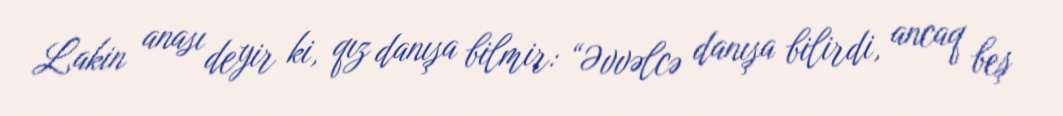
Lakin anası deyir ki, qız danışa bilmir: “Əvvəlcə danışa bilirdi, ancaq beş